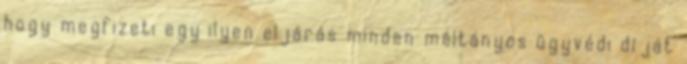
hogy megfizeti egy ilyen eljárás minden méltányos ügyvédi díját